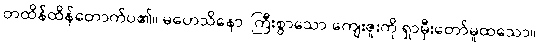
တထိန်ထိန်တောက်ပ၏။ မဟေသိနော၊ ကြီးစွာသော ကျေးဇူးကို ရှာမှီးတော်မူထသော။